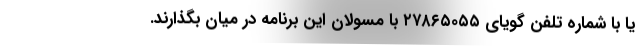
یا با شماره تلفن گویای ٢٧٨٦٥٠٥٥ با مسولان این برنامه در میان بگذارند.